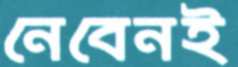
নেবেনই